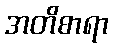
အတိစာရာ